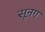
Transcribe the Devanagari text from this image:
सूनग